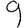
Digit: 9